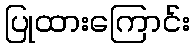
ပြုထားကြောင်း